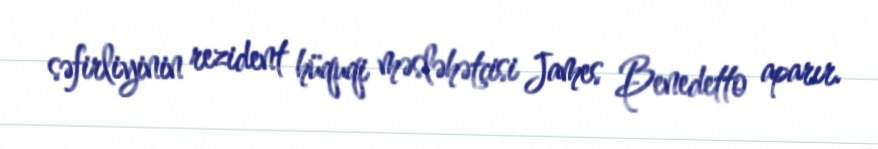
səfirliyinin rezident hüquqi məsləhətçisi James Benedetto aparır.